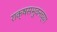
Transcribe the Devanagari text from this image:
राक्षसभुवनच्या